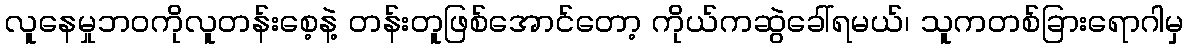
လူနေမှုဘဝကိုလူတန်းစေ့နဲ့ တန်းတူဖြစ်အောင်တော့ ကိုယ်ကဆွဲခေါ်ရမယ်၊ သူကတစ်ခြားရောဂါမှ